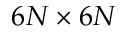
6 N \times 6 N